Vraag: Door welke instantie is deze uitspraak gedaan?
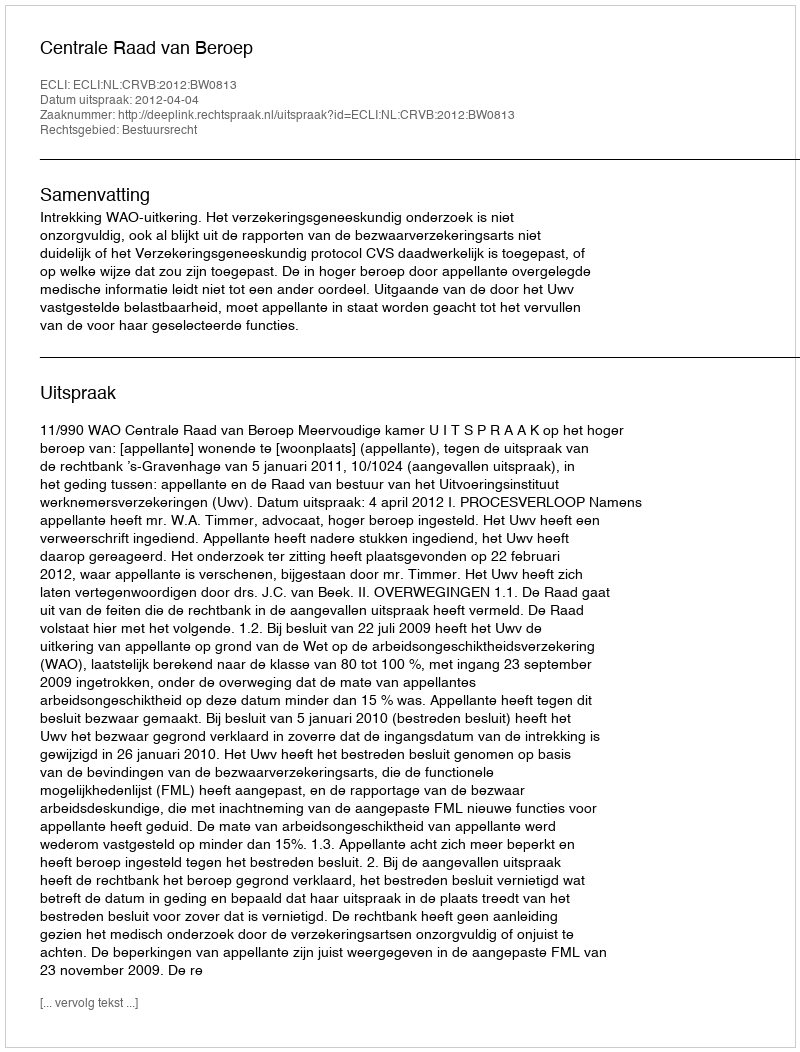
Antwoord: Centrale Raad van Beroep